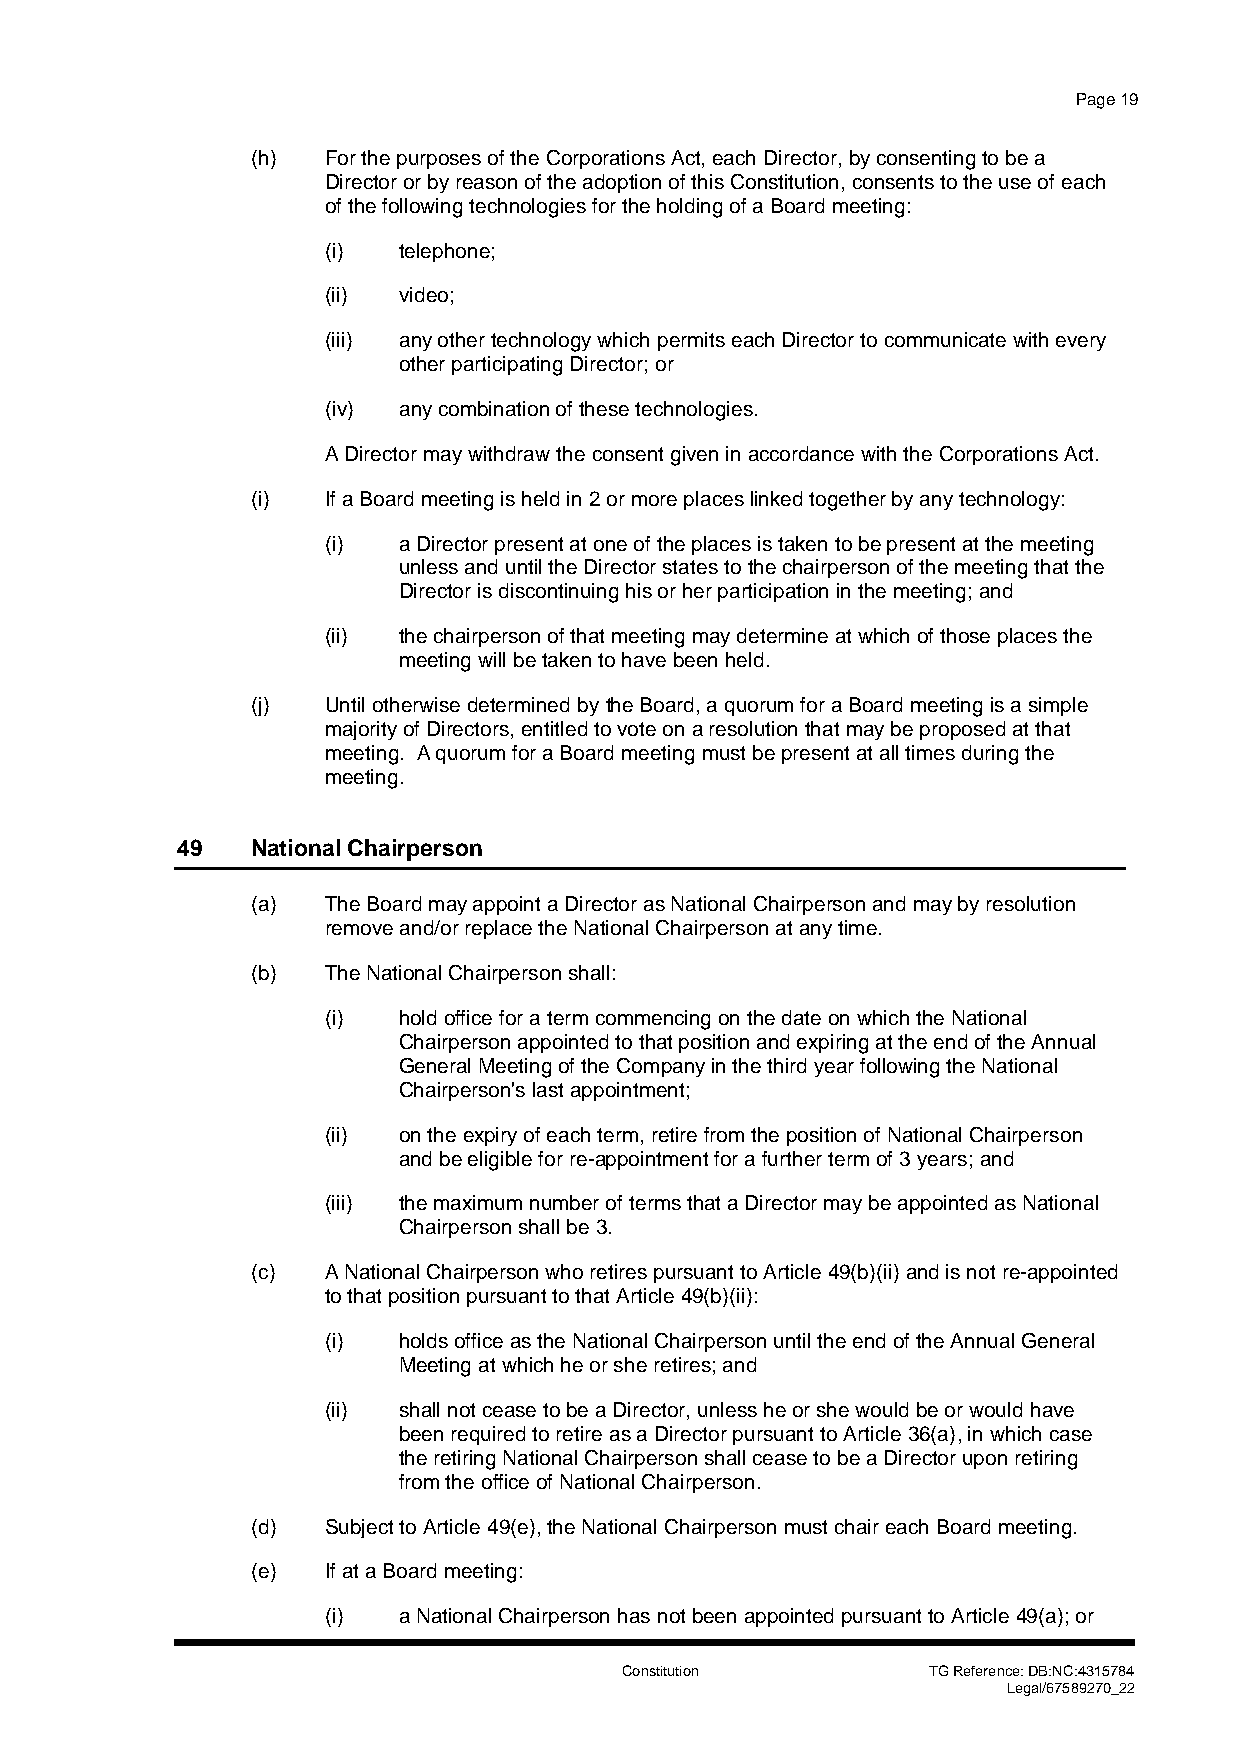
Page 19
 (h)  For the purposes of the Corporations Act, each Director, by consenting to be a
 Director or by reason of the adoption of this Constitution, consents to the use of each
 of the following technologies for the holding of a Board meeting:
 (i) telephone;
 (ii) video;
 (iii) any other technology which permits each Director to communicate with every
 other participating Director; or
 (iv) any combination of these technologies.
 A Director may withdraw the consent given in accordance with the Corporations Act.
 (i)  If a Board meeting is held in 2 or more places linked together by any technology:
 (i) a Director present at one of the places is taken to be present at the meeting
 unless and until the Director states to the chairperson of the meeting that the
 Director is discontinuing his or her participation in the meeting; and
 (ii) the chairperson of that meeting may determine at which of those places the
 meeting will be taken to have been held.
 (j)  Until otherwise determined by the Board, a quorum for a Board meeting is a simple
 majority of Directors, entitled to vote on a resolution that may be proposed at that
 meeting. A quorum for a Board meeting must be present at all times during the
 meeting.
 49   National Chairperson
 (a)  The Board may appoint a Director as National Chairperson and may by resolution
 remove and/or replace the National Chairperson at any time.
 (b)  The National Chairperson shall:
 (i) hold office for a term commencing on the date on which the National
 Chairperson appointed to that position and expiring at the end of the Annual
 General Meeting of the Company in the third year following the National
 Chairperson's last appointment;
 (ii) on the expiry of each term, retire from the position of National Chairperson
 and be eligible for re-appointment for a further term of 3 years; and
 (iii) the maximum number of terms that a Director may be appointed as National
 Chairperson shall be 3.
 (c)  A National Chairperson who retires pursuant to Article 49(b)(ii) and is not re-appointed
 to that position pursuant to that Article 49(b)(ii):
 (i) holds office as the National Chairperson until the end of the Annual General
 Meeting at which he or she retires; and
 (ii) shall not cease to be a Director, unless he or she would be or would have
 been required to retire as a Director pursuant to Article 36(a), in which case
 the retiring National Chairperson shall cease to be a Director upon retiring
 from the office of National Chairperson.
 (d)  Subject to Article 49(e), the National Chairperson must chair each Board meeting.
 (e)  If at a Board meeting:
 (i) a National Chairperson has not been appointed pursuant to Article 49(a); or
 Constitution        TG Reference: DB:NC:4315784
 Legal/67589270_22